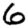
Digit: 6